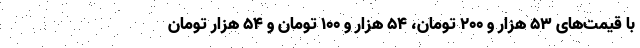
با قیمت‌های ۵۳ هزار و ۲۰۰ تومان، ۵۴ هزار و ۱۰۰ تومان و ۵۴ هزار تومان